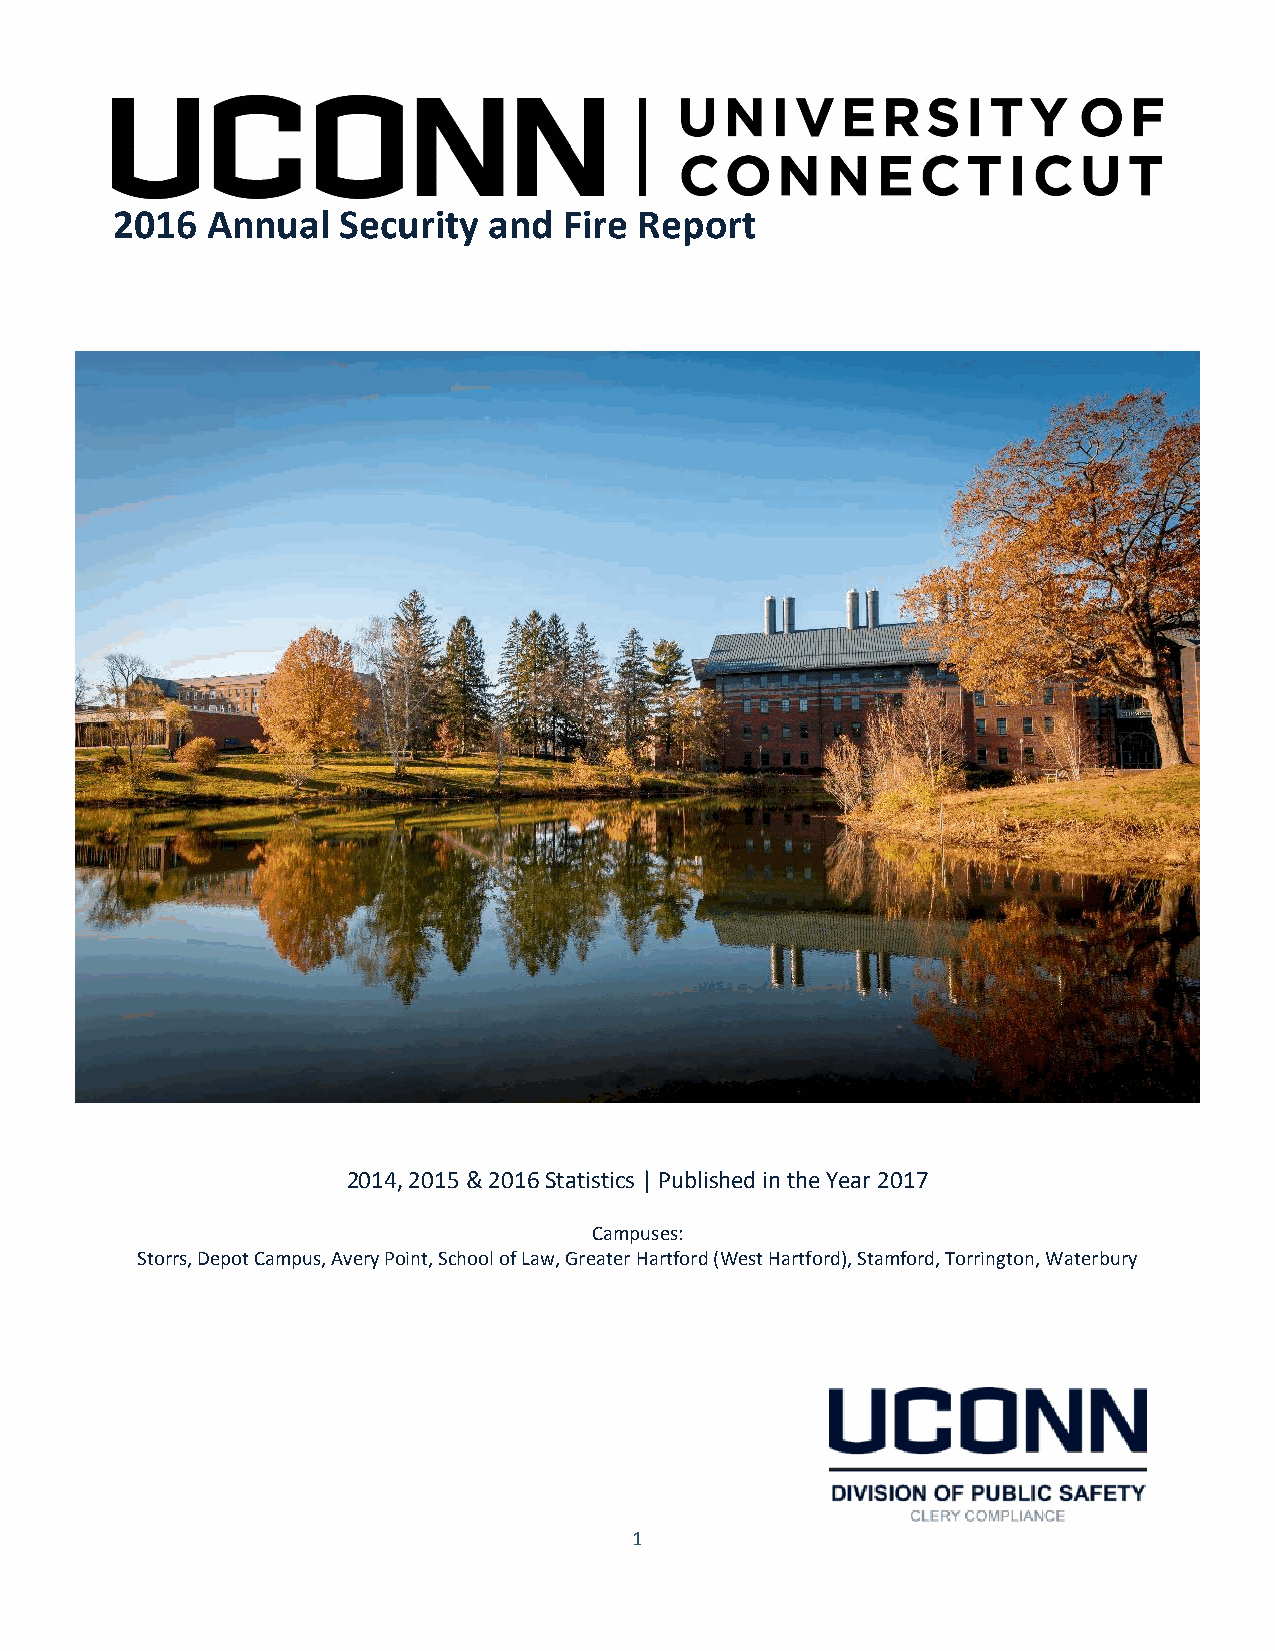
2016   Annual  Security  and  Fire Report
 2014, 2015 & 2016 Statistics | Published in the Year 2017
 Campuses:
 Storrs, Depot Campus, Avery Point, School of Law, Greater Hartford (West Hartford), Stamford, Torrington, Waterbury
 1